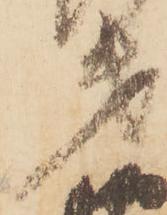
第